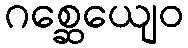
ဂစ္ဆေယျေဝ